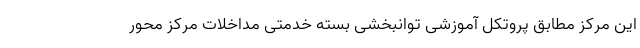
این مرکز مطابق پروتکل آموزشی توانبخشی بسته خدمتی مداخلات مرکز محور